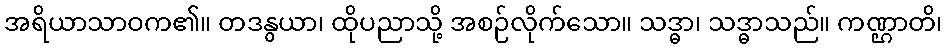
အရိယာသာဝက၏။ တဒနွယာ၊ ထိုပညာသို့ အစဉ်လိုက်သော။ သဒ္ဓာ၊ သဒ္ဓာသည်။ ကဏ္ဌာတိ၊